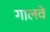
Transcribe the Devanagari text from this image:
गालवे